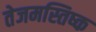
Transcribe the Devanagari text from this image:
तेजमस्तिष्क